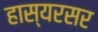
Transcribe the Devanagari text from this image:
हास्यरसर